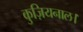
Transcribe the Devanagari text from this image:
कुज़ियनाल।